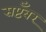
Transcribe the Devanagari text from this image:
सप्टँबर